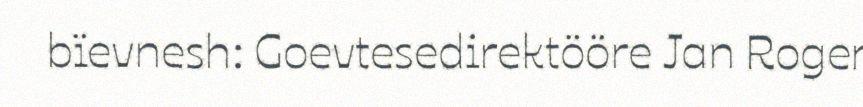
bïevnesh: Goevtesedirektööre Jan Roger